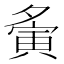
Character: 夤